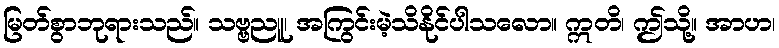
မြတ်စွာဘုရားသည်။ သဗ္ဗညူ၊ အကြွင်းမဲ့သိနိုင်ပါသလော။ ဣတိ၊ ဤသို့။ အာဟ၊